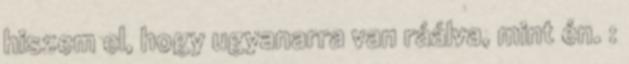
hiszem el, hogy ugyanarra van ráálva, mint én. :